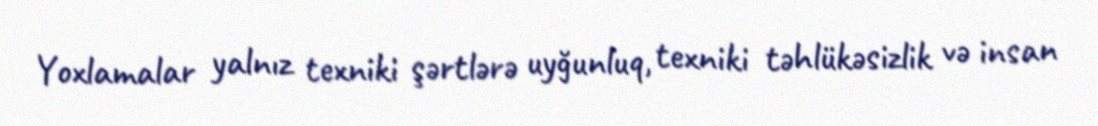
Yoxlamalar yalnız texniki şərtlərə uyğunluq, texniki təhlükəsizlik və insan